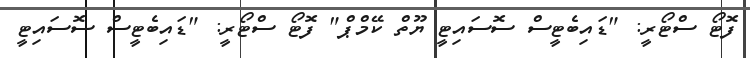
ފޮޓޯ ސްޓޯރީ: "ޑައިބެޓީސް ސޮސައިޓީ ޔޫތް ކޭމްޕް" ފޮޓޯ ސްޓޯރީ: "ޑައިބެޓީސް ސޮސައިޓީ